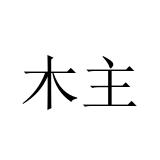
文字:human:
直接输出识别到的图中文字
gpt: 木主